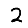
Digit: 2